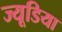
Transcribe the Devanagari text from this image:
ज्यूडिया